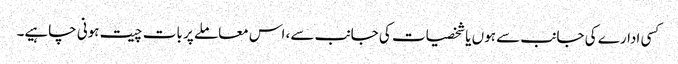
کسی ادارے کی جانب سے ہوں یا شخصیات کی جانب سے، اس معاملے پر بات چیت ہونی چاہیے۔